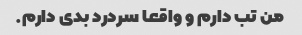
من تب دارم و واقعا سردرد بدی دارم.